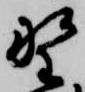
野